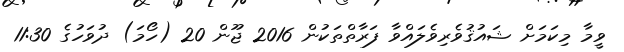
ވީމާ މިކަމަށް ޝައުޤުވެރިވެލައްވާ ފަރާތްތަކުން 2016 ޖޫން 20 (ހޯމަ) ދުވަހުގެ 11:30